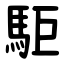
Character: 駏